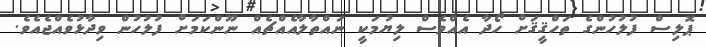
ޕޮލިސް ފުލުހުންގެ ތަހްޤީޤަށް ހޯދާ އެއްވެސް ލިޔުމަކީ ނައްތާލާއެއްޗެއް ނޫންކަމަށް ފުލުހުން ވިދާޅުވެއްޖެއެވެ.